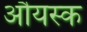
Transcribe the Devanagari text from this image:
औयस्क